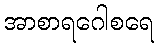
အာစာရဂေါစရေ